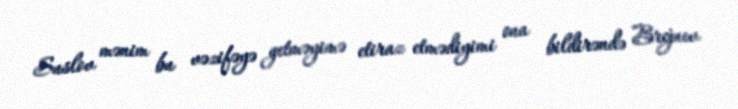
Suslov mənim bu vəzifəyə getməyimə etiraz etmədiyimi ona bildirəndə Brejnev